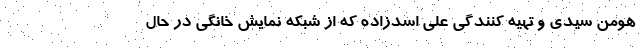
هومن سیدی و تهیه کنندگی علی اسدزاده که از شبکه نمایش خانگی در حال